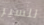
للسير